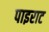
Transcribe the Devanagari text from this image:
पाइराट